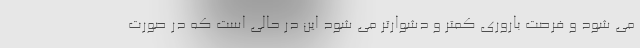
می شود و فرصت باروری کمتر و دشوارتر می شود این در حالی است که در صورت